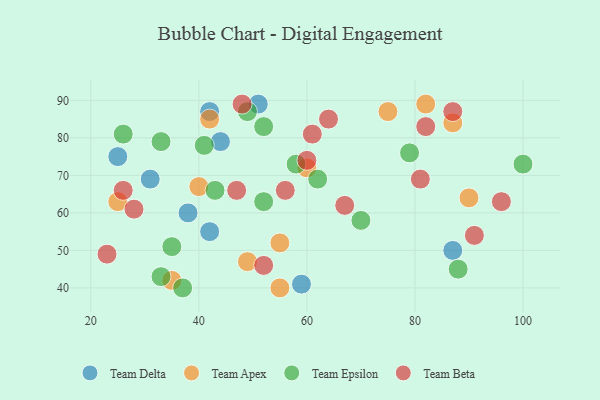
{"axis": {"x": "GDP", "y": "Life Expectancy"}, "legend": ["Team Apex", "Team Beta", "Team Delta", "Team Epsilon"], "data": [{"x": "25", "y": 75, "type": "Team Delta"}, {"x": "44", "y": 79, "type": "Team Delta"}, {"x": "59", "y": 41, "type": "Team Delta"}, {"x": "38", "y": 60, "type": "Team Delta"}, {"x": "42", "y": 87, "type": "Team Delta"}, {"x": "51", "y": 89, "type": "Team Delta"}, {"x": "31", "y": 69, "type": "Team Delta"}, {"x": "42", "y": 55, "type": "Team Delta"}, {"x": "87", "y": 50, "type": "Team Delta"}, {"x": "82", "y": 89, "type": "Team Apex"}, {"x": "60", "y": 72, "type": "Team Apex"}, {"x": "35", "y": 42, "type": "Team Apex"}, {"x": "42", "y": 85, "type": "Team Apex"}, {"x": "40", "y": 67, "type": "Team Apex"}, {"x": "25", "y": 63, "type": "Team Apex"}, {"x": "55", "y": 52, "type": "Team Apex"}, {"x": "75", "y": 87, "type": "Team Apex"}, {"x": "90", "y": 64, "type": "Team Apex"}, {"x": "49", "y": 47, "type": "Team Apex"}, {"x": "87", "y": 84, "type": "Team Apex"}, {"x": "55", "y": 40, "type": "Team Apex"}, {"x": "41", "y": 78, "type": "Team Epsilon"}, {"x": "35", "y": 51, "type": "Team Epsilon"}, {"x": "100", "y": 73, "type": "Team Epsilon"}, {"x": "88", "y": 45, "type": "Team Epsilon"}, {"x": "49", "y": 87, "type": "Team Epsilon"}, {"x": "58", "y": 73, "type": "Team Epsilon"}, {"x": "26", "y": 81, "type": "Team Epsilon"}, {"x": "52", "y": 83, "type": "Team Epsilon"}, {"x": "33", "y": 79, "type": "Team Epsilon"}, {"x": "52", "y": 63, "type": "Team Epsilon"}, {"x": "33", "y": 43, "type": "Team Epsilon"}, {"x": "62", "y": 69, "type": "Team Epsilon"}, {"x": "70", "y": 58, "type": "Team Epsilon"}, {"x": "37", "y": 40, "type": "Team Epsilon"}, {"x": "79", "y": 76, "type": "Team Epsilon"}, {"x": "43", "y": 66, "type": "Team Epsilon"}, {"x": "64", "y": 85, "type": "Team Beta"}, {"x": "87", "y": 87, "type": "Team Beta"}, {"x": "52", "y": 46, "type": "Team Beta"}, {"x": "61", "y": 81, "type": "Team Beta"}, {"x": "28", "y": 61, "type": "Team Beta"}, {"x": "48", "y": 89, "type": "Team Beta"}, {"x": "26", "y": 66, "type": "Team Beta"}, {"x": "47", "y": 66, "type": "Team Beta"}, {"x": "56", "y": 66, "type": "Team Beta"}, {"x": "96", "y": 63, "type": "Team Beta"}, {"x": "81", "y": 69, "type": "Team Beta"}, {"x": "82", "y": 83, "type": "Team Beta"}, {"x": "91", "y": 54, "type": "Team Beta"}, {"x": "60", "y": 74, "type": "Team Beta"}, {"x": "67", "y": 62, "type": "Team Beta"}, {"x": "23", "y": 49, "type": "Team Beta"}]}